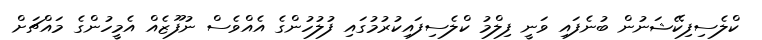
ކްލެސިފިކޭޝަނުން ބުނެފައި ވަނީ ފިލްމު ކްލެސިފައިކުރުމުގައި ފުލުހުންގެ އެއްވެސް ނުފޫޒެއް އެމީހުންގެ މައްޗަށް